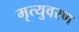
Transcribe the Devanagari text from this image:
मृत्युवरण